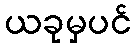
ယခုမှပင်